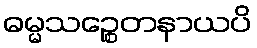
ဓမ္မသဉ္စေတနာယပိ